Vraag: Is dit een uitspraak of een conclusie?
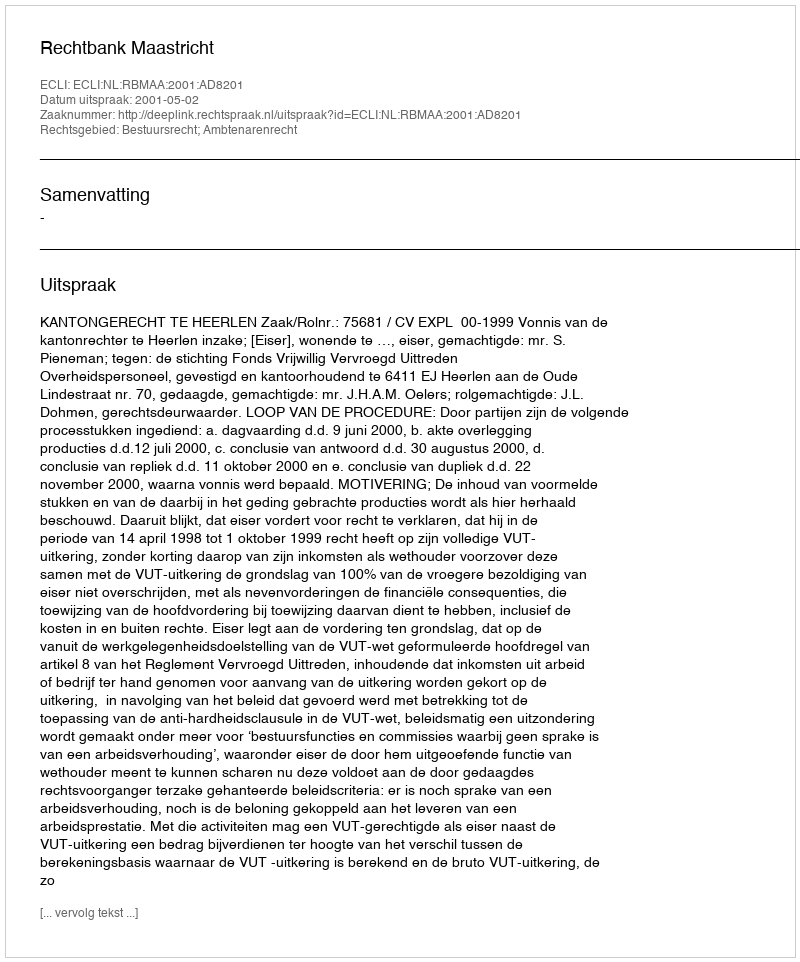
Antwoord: Uitspraak